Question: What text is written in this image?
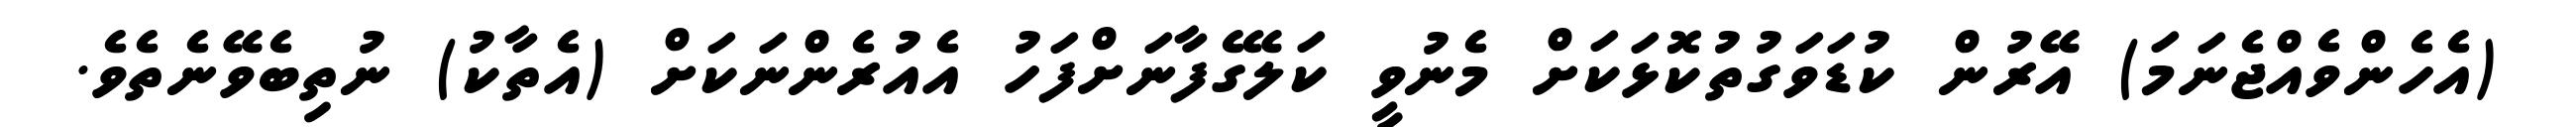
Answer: (އެހެންވެއްޖެނަމަ) އޭރުން ކުޑަވަގުތުކޮޅަކަށް މެނުވީ ކަލޭގެފާނަށްފަހު އެއުރެންނަކަށް (އެތާކު) ނުތިބެވޭނެތެވެ.